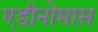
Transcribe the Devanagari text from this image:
एडीनोमास